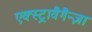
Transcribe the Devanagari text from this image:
एक्स्ट्रावैगैन्ज़ा